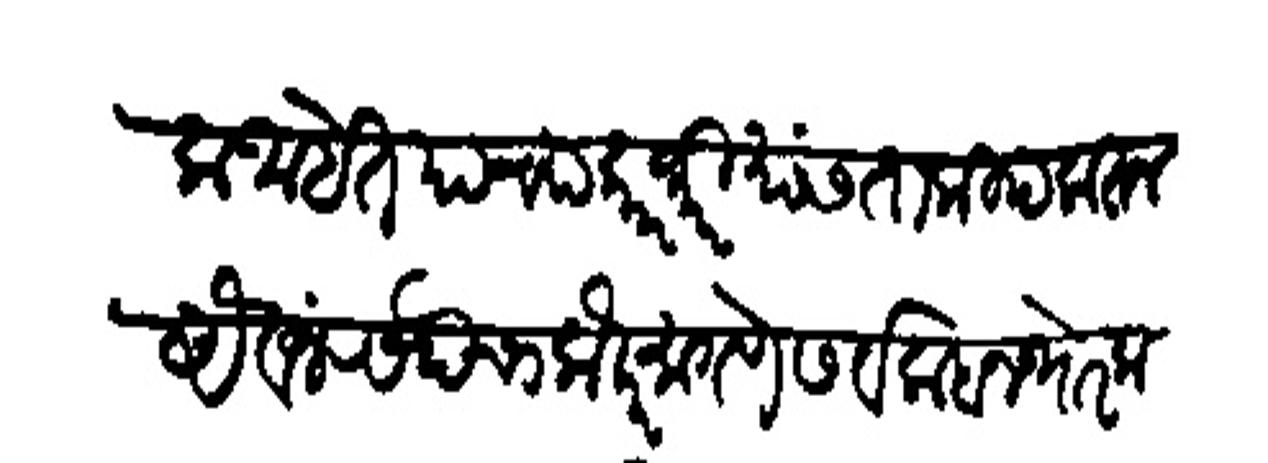
Transliteration (Devanagari): इत्यादिक आहेत याच्या कारभारियांस ताकीद करुन ऐवज रसदेचा लौकर मागणे सर्व लाहानथोर कमावीसदार